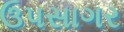
ઉપસાગર